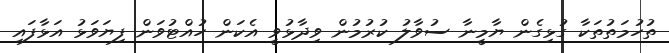
ތުހުމަތުތަކާ ގުޅިގެން ޔާމީނާ ސުވާލު ކުރުމުން ވިދާޅުވީ އެކަން ހުއްޓުވަން ފިޔަވަޅު އަޅާފައި